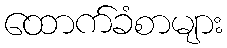
ထောက်ခံစာများ